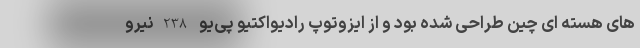
های هسته ای چین طراحی شده بود و از ایزوتوپ رادیواکتیو پی‌یو-238 نیرو